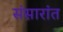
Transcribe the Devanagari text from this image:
संसारांत